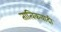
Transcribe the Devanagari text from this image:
तात्विकवादी